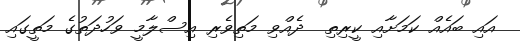
އައި ބައެއް ކަމަށާއި ކީރިތި  ދެއްވި މަތިވެރި އިސްލާމީ ވަހުދަތުގެ މަތީގައި